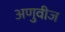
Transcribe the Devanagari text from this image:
अणुवीज